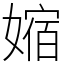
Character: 㜚